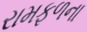
રામફળના